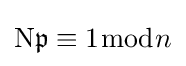
\mathrm {N} {\mathfrak {p}}\equiv 1{\bmod {n}}